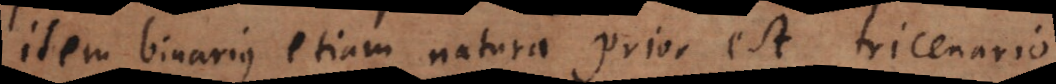
item binarius etiam natura prior est tricenario